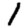
Digit: 1